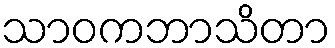
သာဝကဘာသိတာ